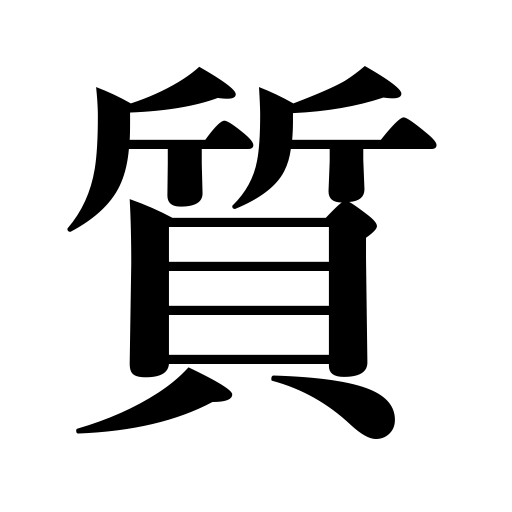
Meanings: temperament,quality,hock,substance,hostage,matter,pledge,pawn